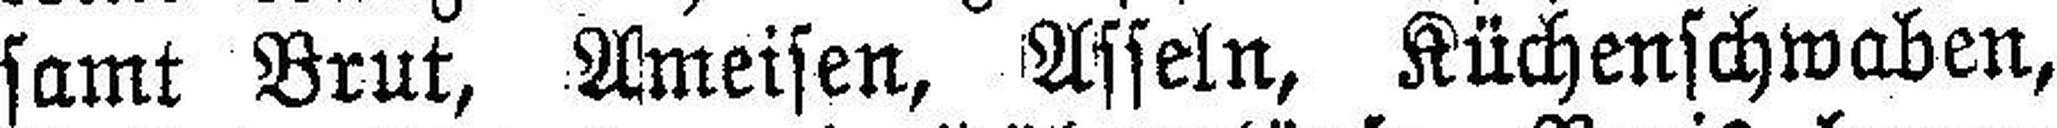
samt Brut, Ameisen, Asseln, Küchenschwaben,